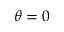
\theta = 0